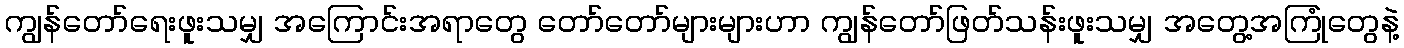
ကျွန်တော်ရေးဖူးသမျှ အကြောင်းအရာတွေ တော်တော်များများဟာ ကျွန်တော်ဖြတ်သန်းဖူးသမျှ အတွေ့အကြုံတွေနဲ့